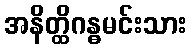
အနိတ္ထိဂန္ဓမင်းသား